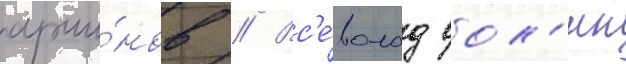
арши́нов // Вс'е́волод вол'ин